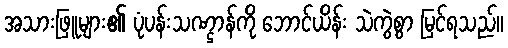
အသားဖြူများ၏ ပုံပန်းသဏ္ဌာန်ကို ဘောင်ယိန်း သဲကွဲစွာ မြင်ရသည်။